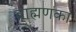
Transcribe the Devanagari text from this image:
ब्राह्मणका